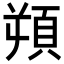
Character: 𩑿